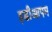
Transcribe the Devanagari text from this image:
इडीआपम